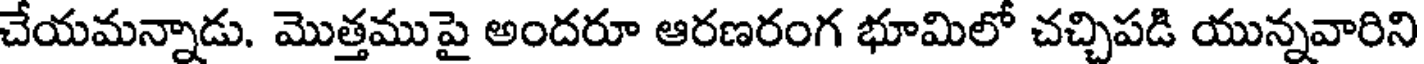
చేయమన్నాడు. మొత్తముపై అందరూ ఆరణరంగ భూమిలో చచ్చిపడి యున్నవారిని